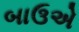
બાઉએ